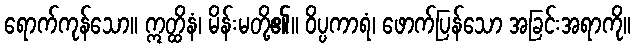
ရောက်ကုန်သော။ ဣတ္ထိနံ၊ မိန်းမတို့၏။ ဝိပ္ပကာရံ၊ ဖောက်ပြန်သော အခြင်းအရာကို။